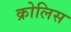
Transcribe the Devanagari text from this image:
क्रोलिस